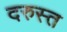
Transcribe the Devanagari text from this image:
दरुस्त